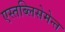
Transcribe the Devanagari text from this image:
एस्तब्लिसेमेन्त